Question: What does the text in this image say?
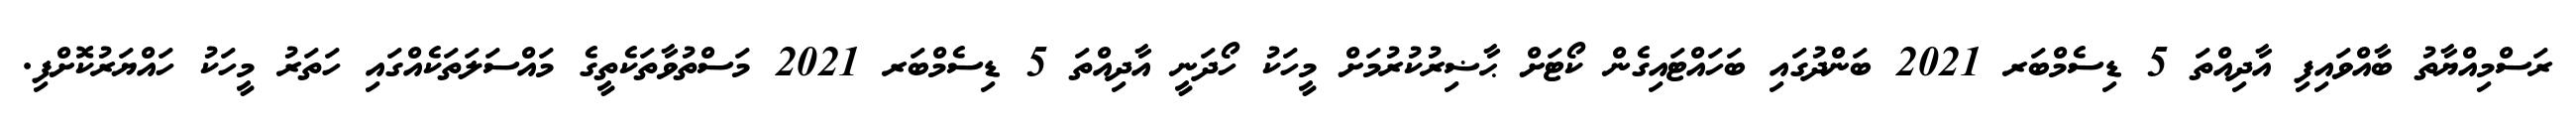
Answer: ރަސްމިއްޔާތު ބާއްވައިފި އާދިއްތަ 5 ޑިސެމްބަރ 2021 ބަންދުގައި ބަހައްޓައިގެން ކޯޓަށް ޙާޟިރުކުރުމަށް މީހަކު ހޯދަނީ އާދިއްތަ 5 ޑިސެމްބަރ 2021 މަސްތުވާތަކެތީގެ މައްސަލަތަކެއްގައި ހަތަރު މީހަކު ހައްޔަރުކޮށްފި.